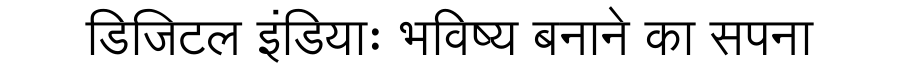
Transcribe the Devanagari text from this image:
डिजिटल इंडियाः भविष्य बनाने का सपना